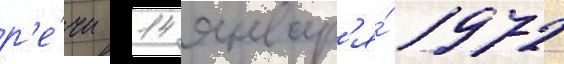
р'е́чи 14 январ'я́ 1972